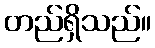
တည်ရှိသည်။